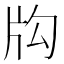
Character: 𤖮